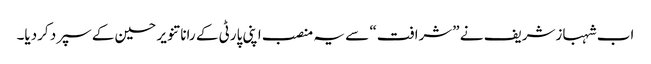
اب شہبازشریف نے ”شرافت“ سے یہ منصب اپنی پارٹی کے رانا تنویر حسین کے سپرد کردیا۔